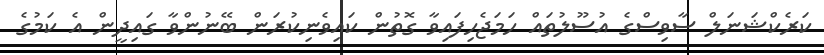
ކަރެކްޝަނަލް ސާވިސްގެ އުސޫލުތައް ހަމަޖެހިފައިވާ ގޮތުން ކައިވެނިކުރަން ބޭނުންވާ ގައިދީން އެ ކަމުގެ